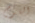
اللوم